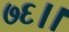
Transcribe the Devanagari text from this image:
७६।।